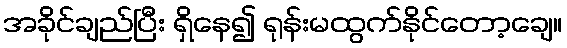
အခိုင်ချည်ပြီး ရှိနေ၍ ရုန်းမထွက်နိုင်တော့ချေ။